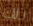
ذلك